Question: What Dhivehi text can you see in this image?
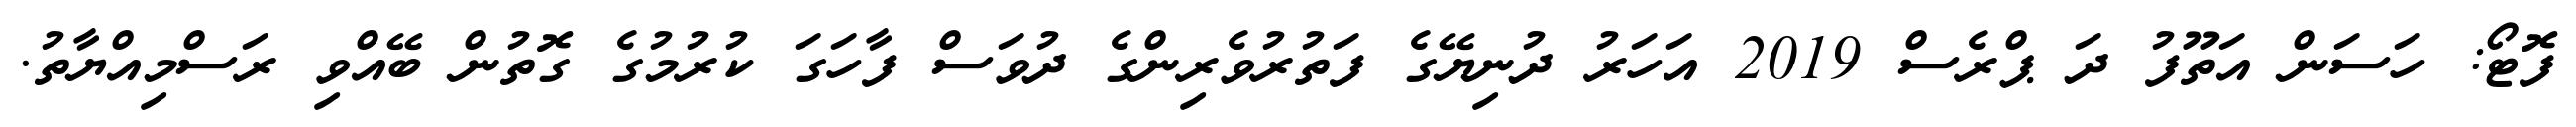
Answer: ފޮޓޯ: ހަސަން އަތޫފު ދަ ޕްރެސް 2019 އަހަރު ދުނިޔޭގެ ފަތުރުވެރިންގެ ދުވަސް ފާހަގަ ކުރުމުގެ ގޮތުން ބޭއްވި ރަސްމިއްޔާތު.